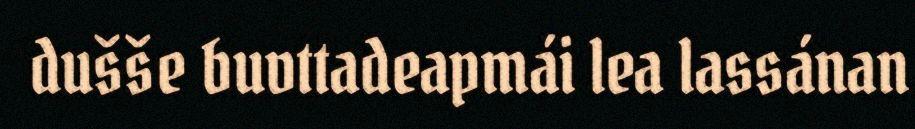
dušše buvttadeapmái lea lassánan